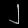
Digit: ၂